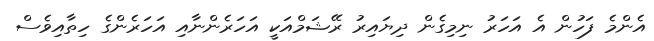
އެންމެ ފަހުން އެ އަހަރު ނިމިގެން ދިޔައިރު ރޭޝަމްއަކީ އަހަރެންނާއި އަހަރެންގެ ހިތާއިވެސް